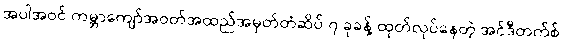
အပါအဝင် ကမ္ဘာကျော်အဝတ်အထည်အမှတ်တံဆိပ် ၇ ခုခန့် ထုတ်လုပ်နေတဲ့ အင်ဒီတက်စ်